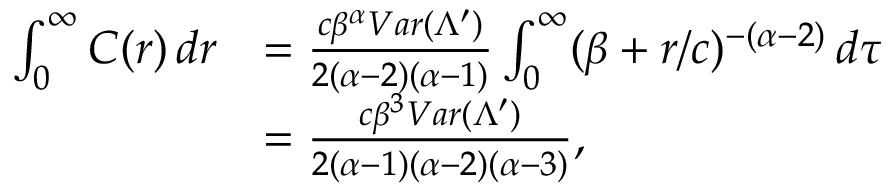
\begin{array} { r l } { \int _ { 0 } ^ { \infty } C ( r ) \, d r } & { = \frac { c \beta ^ { \alpha } V a r ( \Lambda ^ { \prime } ) } { 2 ( \alpha - 2 ) ( \alpha - 1 ) } \int _ { 0 } ^ { \infty } ( \beta + r / c ) ^ { - ( \alpha - 2 ) } \, d \tau } \\ & { = \frac { c \beta ^ { 3 } V a r ( \Lambda ^ { \prime } ) } { 2 ( \alpha - 1 ) ( \alpha - 2 ) ( \alpha - 3 ) } , } \end{array}